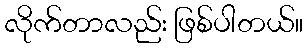
လိုက်တာလည်း ဖြစ်ပါတယ်။